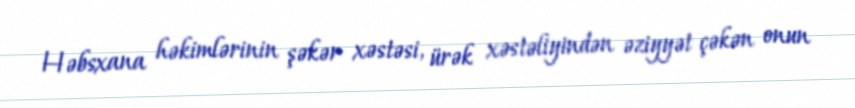
Həbsxana həkimlərinin şəkər xəstəsi, ürək xəstəliyindən əziyyət çəkən onun